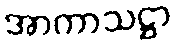
အာကာသဋ္ဌာ